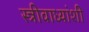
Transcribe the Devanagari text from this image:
स्त्रीवाध्यांशी